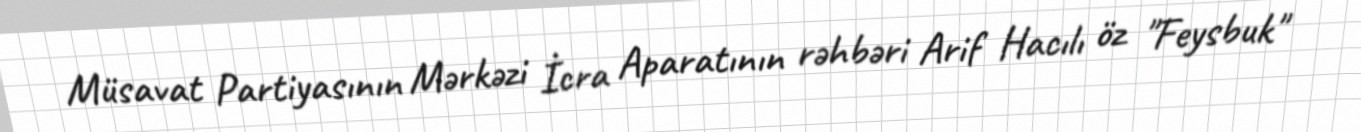
Müsavat Partiyasının Mərkəzi İcra Aparatının rəhbəri Arif Hacılı öz "Feysbuk"